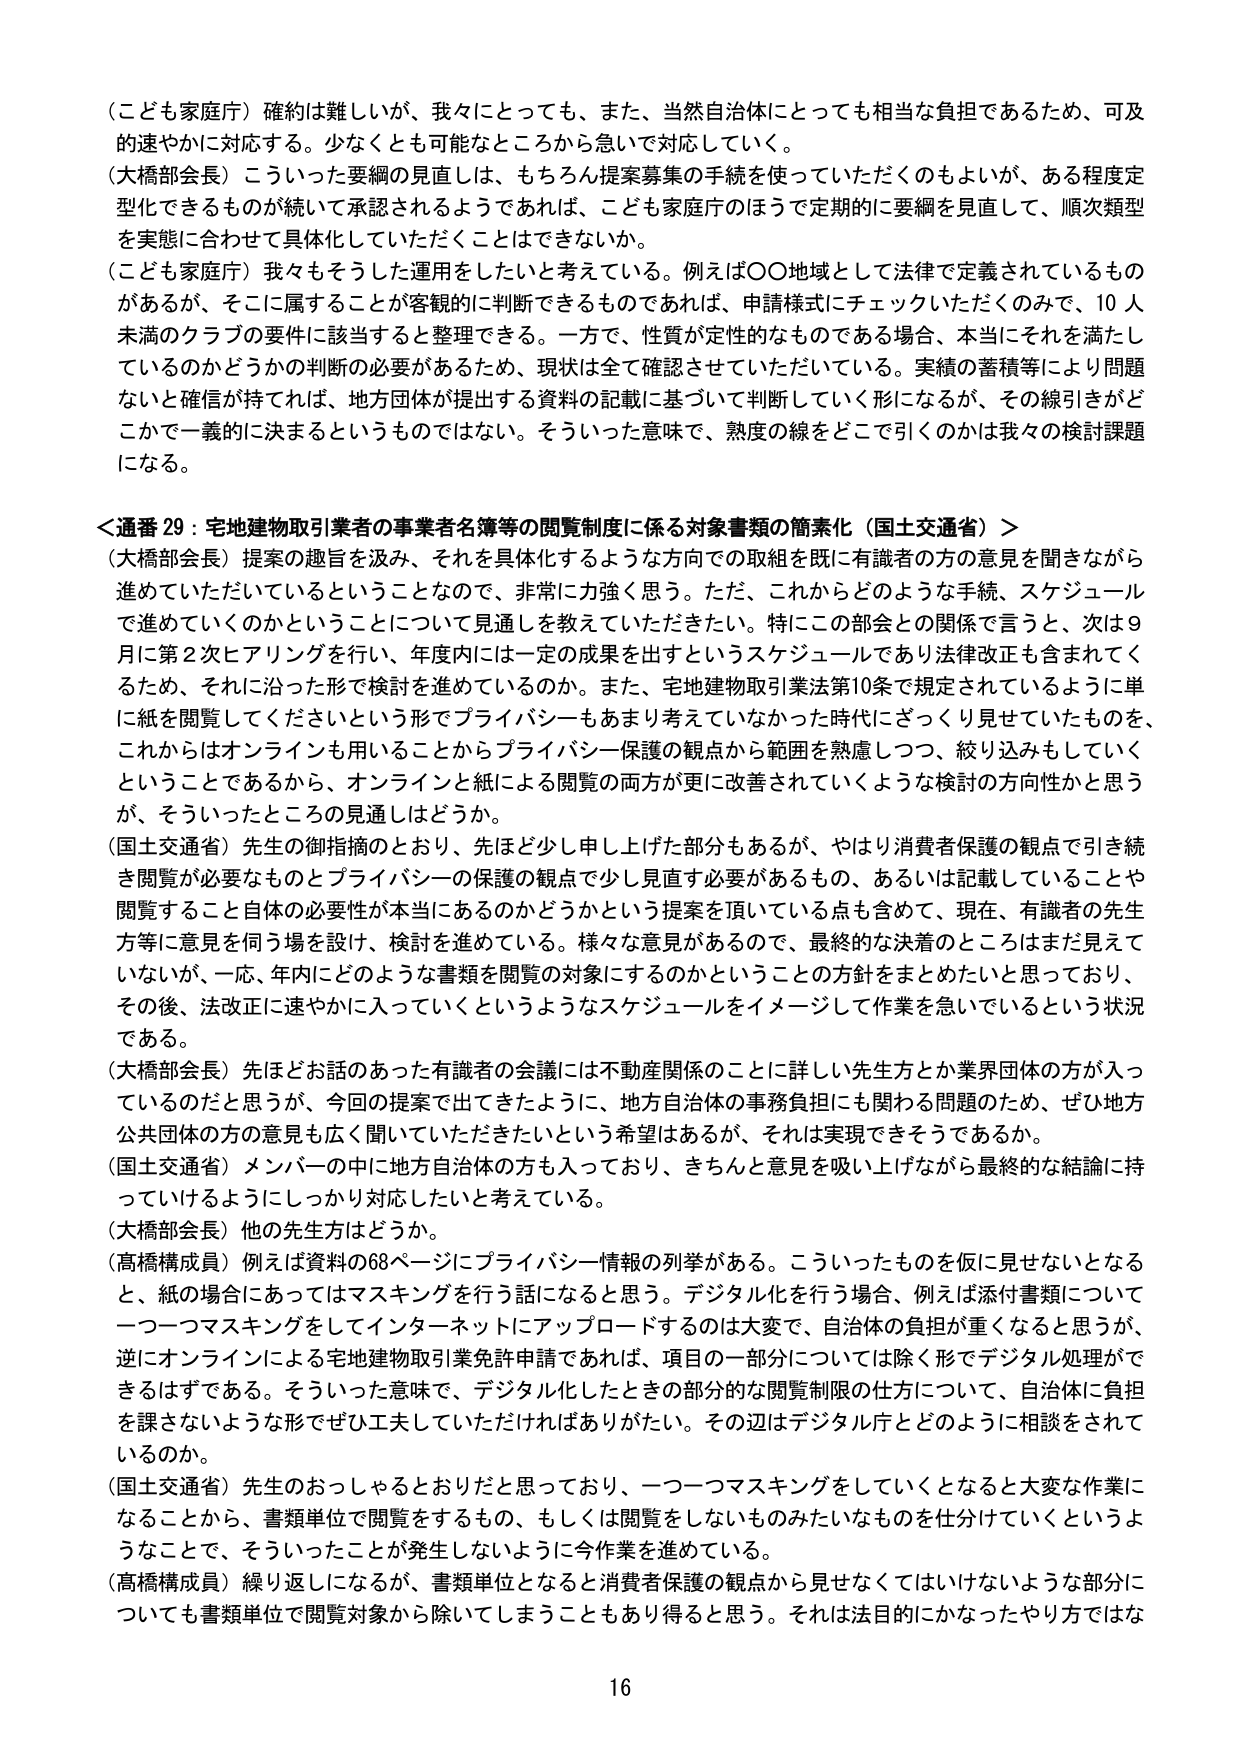
（こども家庭庁）確約は難しいが、我々にとっても、また、当然自治体にとっても相当な負担であるため、可及的速やかに対応する。少なくとも可能なところから急いで対応していく。

（大橋部会長）こういった要綱の見直しは、もちろん提案募集の手続を使っていただくのもよいが、ある程度定型化できるものが続いて承認されるようであれば、こども家庭庁のほうで定期的に要綱を見直して、順次類型を実態に合わせて具体化していただくことはできないか。

（こども家庭庁）我々もそうした運用をしたいと考えている。例えば〇〇地域として法律で定義されているものがあるが、そこに属することが客観的に判断できるものであれば、申請様式にチェックいただくのみで、10人未満のクラブの要件に該当すると整理できる。一方で、性質が定性的なものである場合、本当にそれを満たしているのかどうかの判断の必要があるため、現状は全て確認させていただいている。実績の蓄積等により問題ないと確信が持てれば、地方団体が提出する資料の記載に基づいて判断していく形になるが、その線引きがどこかで一義的に決まるというものではない。そういった意味で、熟度の線をどこで引くのかは我々の検討課題になる。

＜通番29：宅地建物取引業者の事業者名簿等の閲覧制度に係る対象書類の簡素化（国土交通省）＞

（大橋部会長）提案の趣旨を汲み、それを具体化するような方向での取組を既に有識者の方の意見を聞きながら進めていただいているということなので、非常に力強く思う。ただ、これからどのような手続、スケジュールで進めていくのかということについて見通しを教えていただきたい。特にこの部会との関係で言うと、次は9月に第2次ヒアリングを行い、年度内には一定の成果を出すというスケジュールであり法律改正も含まれてくるため、それに沿った形で検討を進めているのか。また、宅地建物取引業法第10条で規定されているように単に紙を閲覧してくださいという形でプライバシーもあまり考えていなかった時代にざっくり見せていたものを、これからはオンラインも用いることからプライバシー保護の観点から範囲を熟慮しつつ、絞り込みもしていくということであるから、オンラインと紙による閲覧の両方が更に改善されていくような検討の方向性かと思うが、そういったところの見通しはどうか。

（国土交通省）先生の御指摘のとおり、先ほど少し申し上げた部分もあるが、やはり消費者保護の観点で引き続き閲覧が必要なものとプライバシーの保護の観点で少し見直す必要があるもの、あるいは記載していることや閲覧すること自体の必要性が本当にあのかどうかという提案を頂いている点も含めて、現在、有識者の先生方等に意見を伺う場を設け、検討を進めている。様々な意見があるので、最終的な決着のところはまだ見ていないが、一応、年内にどのような書類を閲覧の対象にするのかということの方針をまとめたいと思っており、その後、法改正に速やかに入っていくというようなスケジュールをイメージして作業を急いでいるという状況である。

（大橋部会長）先ほどお話のあった有識者の会議には不動産関係のことに詳しい先生方とか業界団体の方が入っているのだと思うが、今回の提案で出てきたように、地方自治体の事務負担にも関わる問題のため、ぜひ地方公共団体の方の意見も広く聞いていただきたいという希望はあるが、それは実現できそうであるか。

（国土交通省）メンバーの中に地方自治体の方も入っており、きちんと意見を吸い上げながら最終的な結論に持っていくようにしっかり対応したいと考えている。

（大橋部会長）他の先生方はどうか。

（高橋構成員）例えば資料の68ページにプライバシー情報の列挙がある。こういったものを仮に見せないとなると、紙の場合にあってはマスキングを行う話になると思う。デジタル化を行う場合、例えば添付書類について一つ一つマスキングをしてインターネットにアップロードするのは大変で、自治体の負担が重くなると思うが、逆にオンラインによる宅地建物取引業免許申請であれば、項目の一部分については除く形でデジタル処理ができるはずである。そういった意味で、デジタル化したときの部分的な閲覧制限の仕方について、自治体に負担を課さないような形でぜひ工夫していただければありがたい。その辺はデジタル庁とどのように相談をされているのか。

（国土交通省）先生のおっしゃるとおりだと思っており、一つ一つマスキングをしていくとなると大変な作業になることから、書類単位で閲覧をするもの、もしくは閲覧をしないものみたいなものを仕分けていくということで、そういったことが発生しないように今作業を進めている。

（高橋構成員）繰り返しになるが、書類単位となると消費者保護の観点から見せなくてはいけないような部分についても書類単位で閲覧対象から除いてしまうこともあり得ると思う。それは法目的にかなったやり方ではな

16